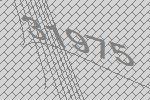
31975